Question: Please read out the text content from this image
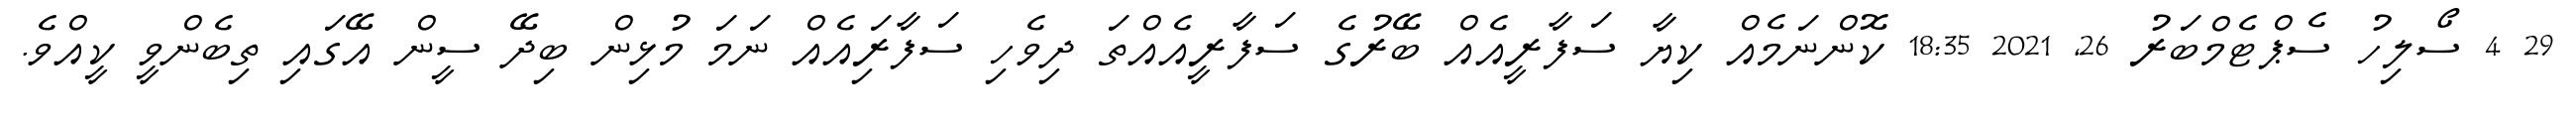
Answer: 29 4 ސޯލިހު ސެޕްޓެމްބަރު 26, 2021 18:35 ކޮންނަމެއް ކިޔާ ސަފާރީއެއް ބޭރުގެ ސަފާރީއެއްތަ ދިވެހި ސަފާރަިއެއް ނަމަ މުޅިން ބިދޭ ސީން އޭގައި ތިބެންވީ ކީއްވެ.